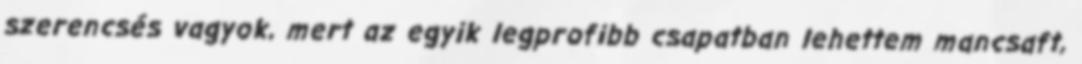
szerencsés vagyok, mert az egyik legprofibb csapatban lehettem mancsaft,